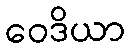
ဝေဒိယာ